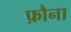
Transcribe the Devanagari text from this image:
फ़ौना